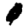
Digit: 0